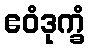
ဧဝံဒုက္ခံ